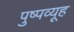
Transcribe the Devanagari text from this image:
पुष्पव्यूह